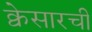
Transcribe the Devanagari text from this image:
क्वेसारची